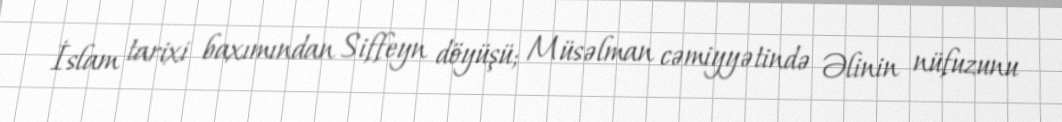
İslam tarixi baxımından Siffeyn döyüşü; Müsəlman cəmiyyətində Əlinin nüfuzunu